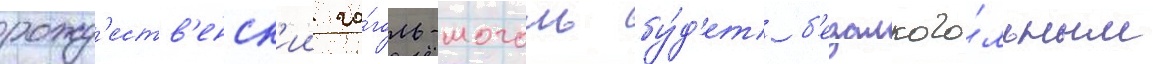
рожд'еств'енск'ии го́голь-моголь бу́д'ет б'езалкого́льным